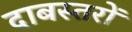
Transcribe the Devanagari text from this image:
दाबस्तरों